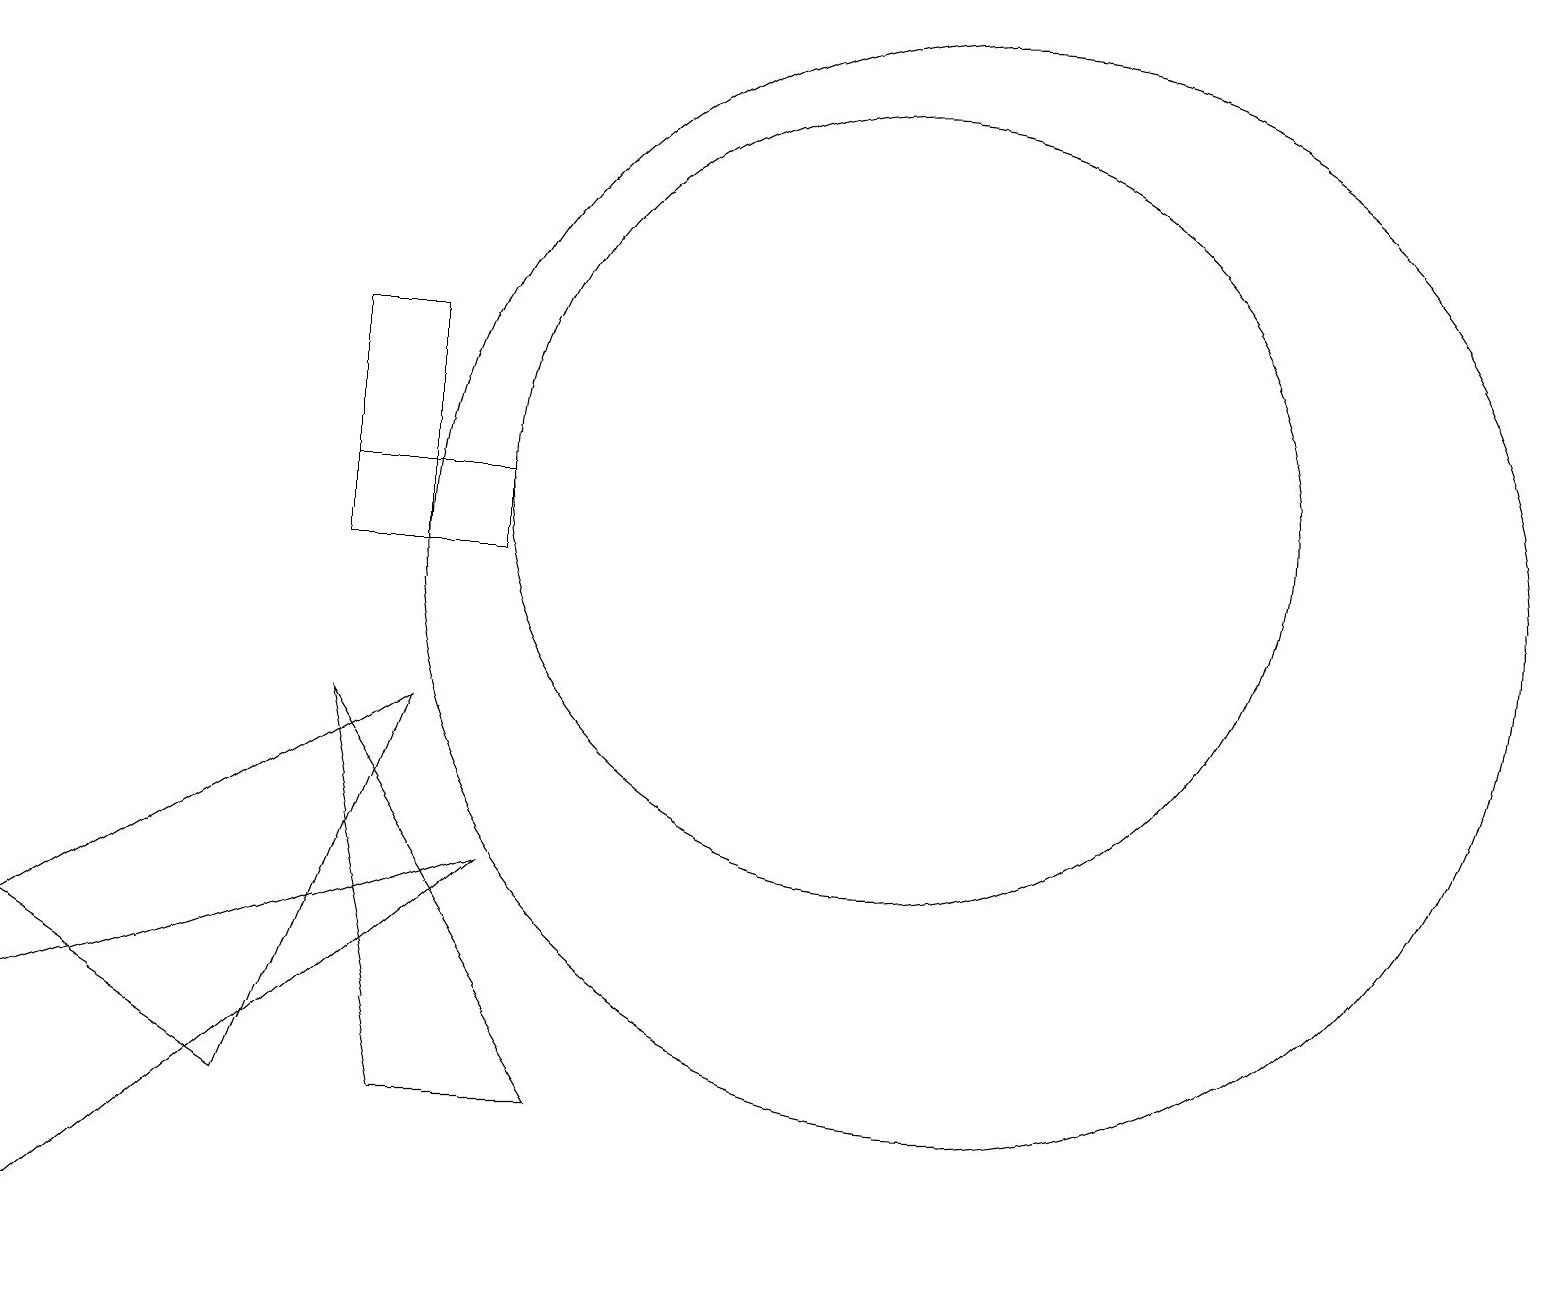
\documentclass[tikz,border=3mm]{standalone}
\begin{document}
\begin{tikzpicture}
\draw (4,12) rectangle (6,11);
\draw (5,14) rectangle (4,11);
\draw (11,12) circle (5);
\draw (12,11) circle (7);
\draw (7,4) -- (4,9) -- (5,4) -- cycle;
\draw (0,5) -- (0,2) -- (6,7) -- cycle;
\draw (0,6) -- (5,9) -- (3,4) -- cycle;
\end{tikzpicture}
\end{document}